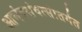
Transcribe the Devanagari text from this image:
आनंदसंवत्सांतर्गत